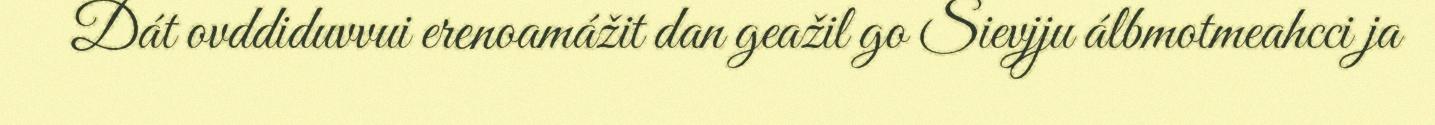
Dát ovddiduvvui erenoamážit dan geažil go Sievjju álbmotmeahcci ja